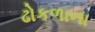
ઢોકળાના